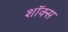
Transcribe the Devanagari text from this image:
शॉक्स